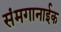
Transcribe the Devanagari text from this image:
संमगानाईक